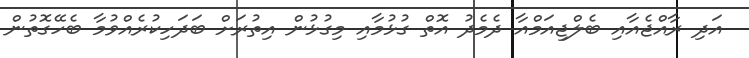
އަދި ރާއްޖެއާއި ބެލްޖިއަމްއާ ދެމެދު އޮތް ގުޅުމާއި މިގުޅުން އިތުރަށް ބަދަހިކުރެއްވުމާ ބެހޭގޮތުން